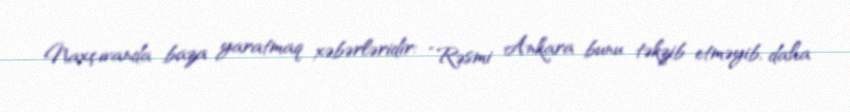
Naxçıvanda baza yaratmaq xəbərləridir: “Rəsmi Ankara bunu təkzib etməyib, daha